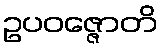
ဥပဝဇ္ဇောတိ